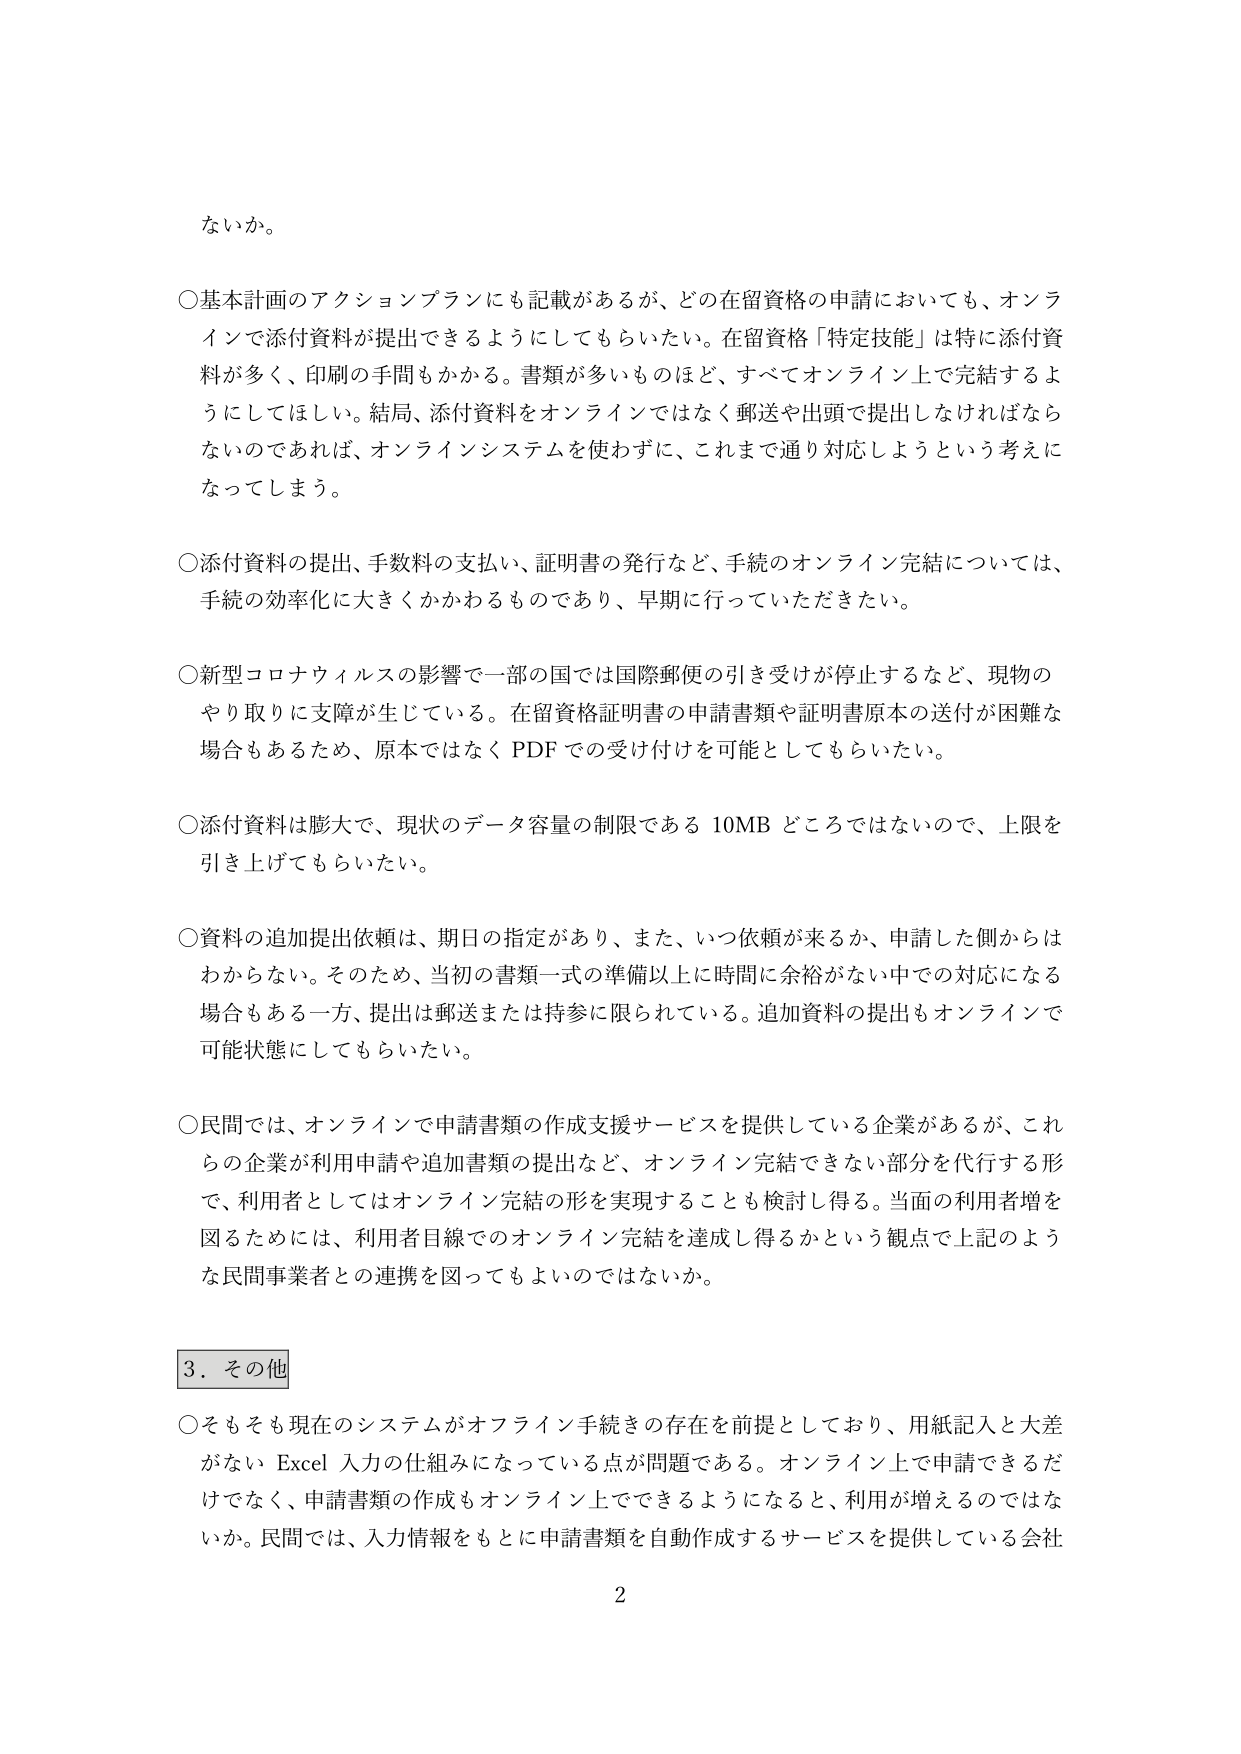
ないか。

○基本計画のアクションプランにも記載があるが、どの在留資格の申請においても、オンラインで添付資料が提出できるようにしてもらいたい。在留資格「特定技能」は特に添付資料が多く、印刷の手間もかかる。書類が多いものほど、すべてオンライン上で完結するようにしてほしい。結局、添付資料をオンラインではなく郵送や出頭で提出しなければならないのであれば、オンラインシステムを使わず、これまで通り対応しようという考えになってしまう。

○添付資料の提出、手数料の支払い、証明書の発行など、手続のオンライン完結については、手続の効率化に大きくかかわるものであり、早期に行っていただきたい。

○新型コロナウィルスの影響で一部の国では国際郵便の引き受けが停止するなど、現物のやり取りに支障が生じている。在留資格証明書の申請書類や証明書原本の送付が困難な場合もあるため、原本ではなくPDFでの受け付けを可能としてもらいたい。

○添付資料は膨大で、現状のデータ容量の制限である10MBどころではないので、上限を引き上げてもらいたい。

○資料の追加提出依頼は、期日の指定があり、また、いつ依頼が来るか、申請した側からはわからない。そのため、当初の書類一式の準備以上に時間に余裕がない中での対応になる場合もある一方、提出は郵送または持参に限られている。追加資料の提出もオンラインで可能状態にしてもらいたい。

○民間では、オンラインで申請書類の作成支援サービスを提供している企業があるが、これらの企業が利用申請や追加書類の提出など、オンライン完結できない部分を代行する形で、利用者としてはオンライン完結の形を実現することも検討し得る。当面の利用者増を図るためには、利用者目線でのオンライン完結を達成し得るかという観点で上記のような民間事業者との連携を図ってもよいのではないか。

3．その他

○そもそも現在のシステムがオフライン手続きの存在を前提としており、用紙記入と大差がないExcel入力の仕組みになっている点が問題である。オンライン上で申請できるだけでなく、申請書類の作成もオンライン上でできるようになると、利用が増えるのではないか。民間では、入力情報をもとに申請書類を自動作成するサービスを提供している会社

2